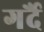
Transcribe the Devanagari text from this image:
गर्दै